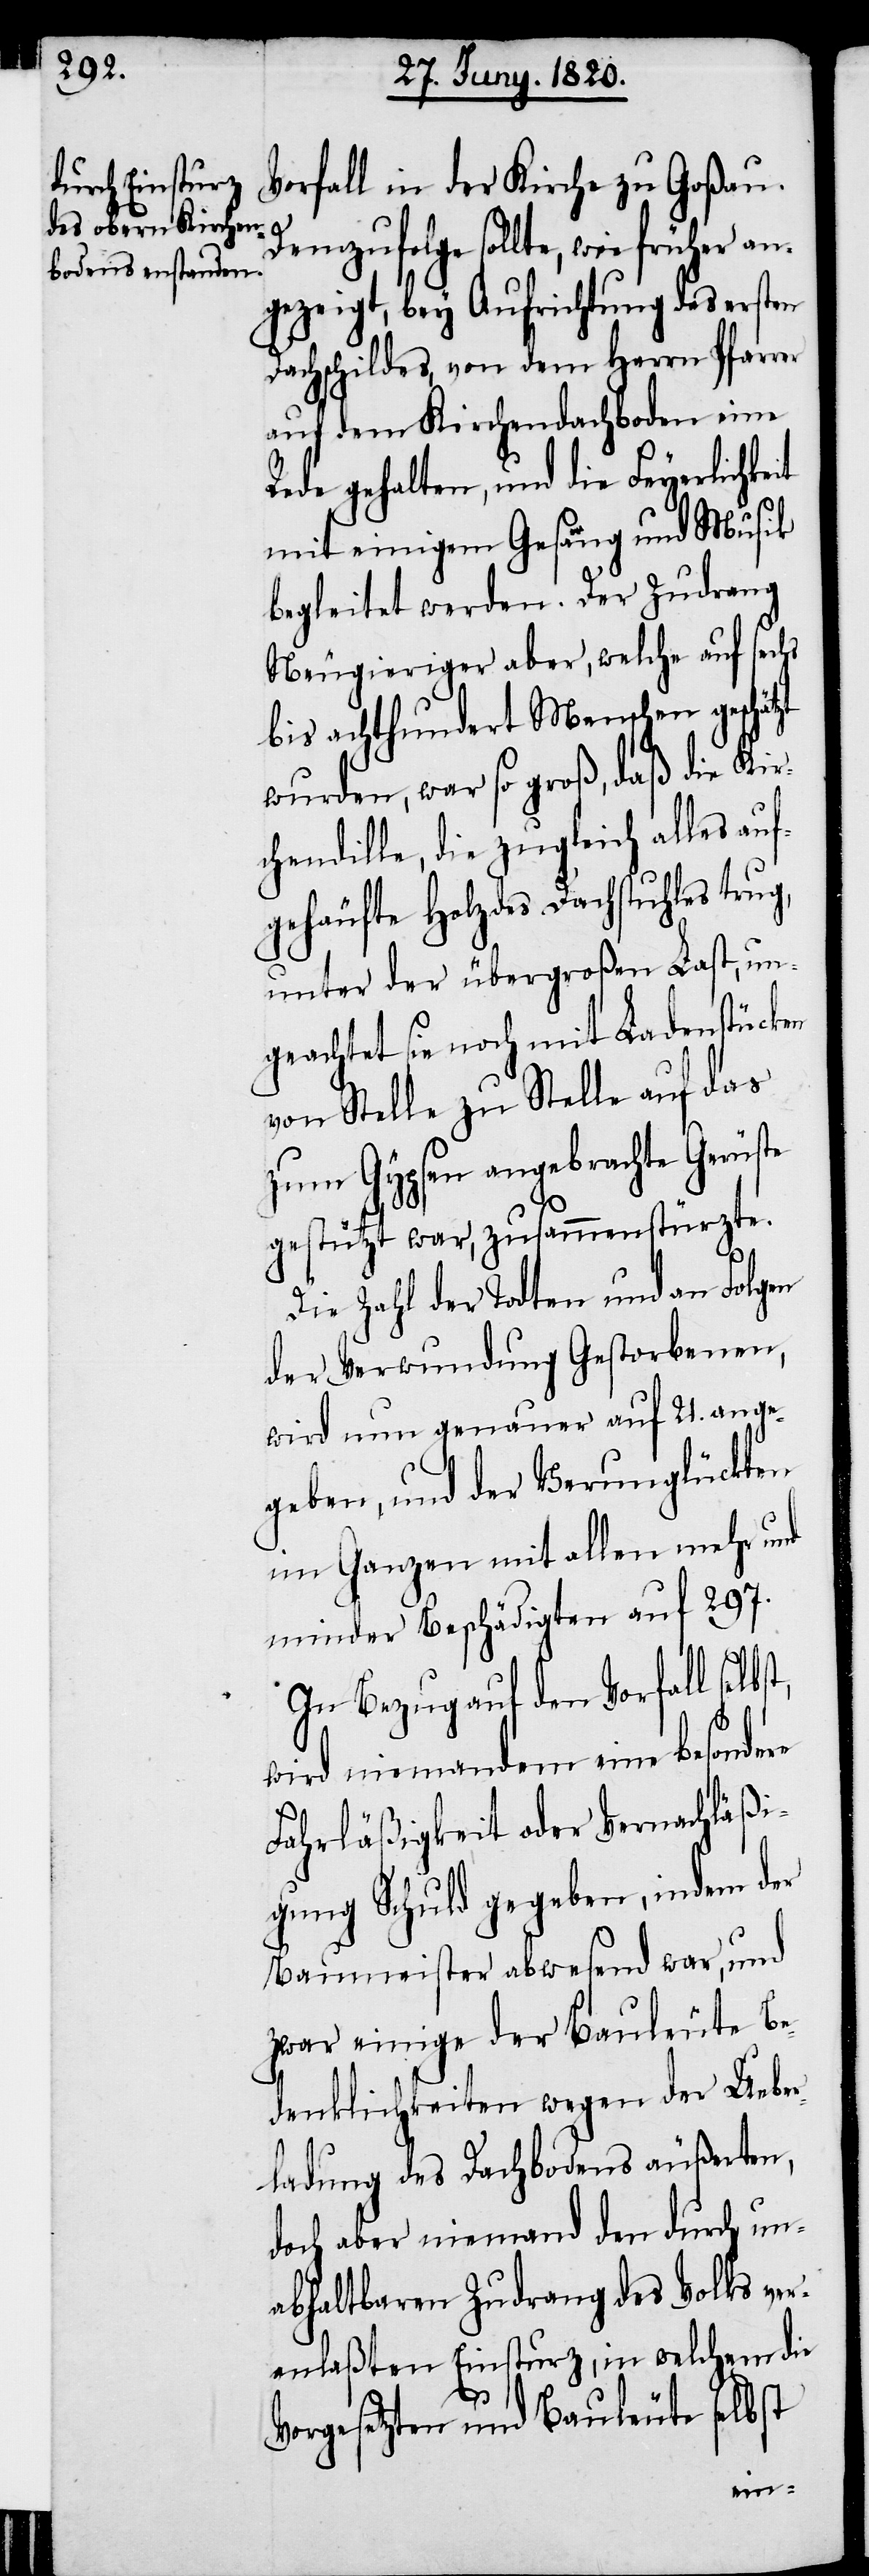
Vorfall in der Kirche zu Goßau.
Demzufolge sollte, wie früher an¬
gezeigt, bey Aufrichtung des ersten
Dachschildes, von dem Herrn Pfarrer
auf dem Kirchendachboden eine
Rede gehalten, und die Feyerlichkeit
mit einigem Gesang und Musik
begleitet werden. Der Zudrang
Neugieriger aber, welche auf sechs
bis achthundert Menschen geschätzt
wurden, war so groß, daß die Kir¬
chendille, die zugleich alles au¬
fgehäufte Holz des Dachstuhles trug,
unter der übergroßen Last, un¬
geachtet sie noch mit Ladenstücken
von Stelle zu Stelle auf das
zum Gypsen angebrachte Gerüste
gestützt war, zusammenstürzte.
Die Zahl der Todten und an
Verwundung Gestorbenen,
wird nun genauer auf 21. ange¬
geben, und der Verunglückten
im Ganzen mit allen mehr und
minder Beschädigten auf 297.
In Bezug auf den Vorfall selbs¬
wird niemandem eine besondere
Fahrläßigkeit oder Vernachläßi¬
gung Schuld gegeben, indem der
Baumeister abwesend war, und
zwar einige der Bauleute Be¬
denklichkeiten wegen der Ueber¬
ladung des Dachbodens äußerten,
doch aber niemand den durch un¬
abhaltbaren Zudrang des Volks ver¬
anlaßten Einsturz, in welchem die
Vorgesetzten und Bauleute selbst
t,